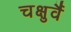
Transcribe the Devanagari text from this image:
चक्षुर्वै